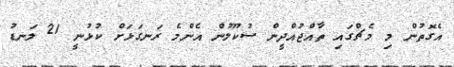
އެގޮތުން މި މެޗްގައި ތާއްޖުއްދީން ސުކޫލުން އެންމެ ރަނގަޅަށް ކުޅުނީ 21 ލަނޑު